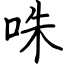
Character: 咮